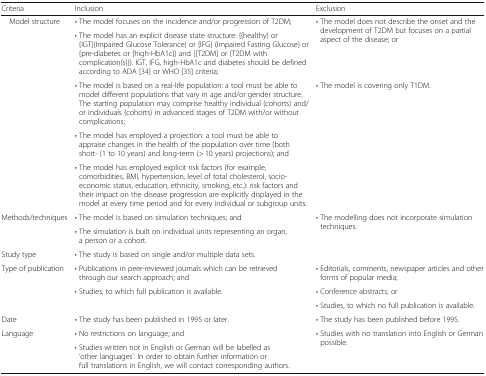
<table><thead><tr><td><b>Criteria</b></td><td><b>Inclusion</b></td><td><b>Exclusion</b></td></tr></thead><tbody><tr><td rowspan="5">Model structure</td><td>• The model focuses on the incidence and/or progression of T2DM;</td><td rowspan="2">• The model does not describe the onset and the development of T2DM but focuses on a partial aspect of the disease; or</td></tr><tr><td>• The model has an explicit disease state structure: {{healthy} or {IGT}(Impaired Glucose Tolerance) or {IFG} (Impaired Fasting Glucose) or {pre-diabetes or {high-HbA1c}} and {{T2DM} or {T2DM with complication(s)}}. IGT, IFG, high-HbA1c and diabetes should be defined according to ADA [34] or WHO [35] criteria;</td></tr><tr><td>• The model is based on a real-life population: a tool must be able to model different populations that vary in age and/or gender structure. The starting population may comprise healthy individual (cohorts) and/or individuals (cohorts) in advanced stages of T2DM with/or without complications;</td><td rowspan="3">• The model is covering only T1DM.</td></tr><tr><td>• The model has employed a projection: a tool must be able to appraise changes in the health of the population over time (both short- (1 to 10 years) and long-term (&gt; 10 years) projections); and</td></tr><tr><td>• The model has employed explicit risk factors (for example, comorbidities, BMI, hypertension, level of total cholesterol, socio-economic status, education, ethnicity, smoking, etc.): risk factors and their impact on the disease progression are explicitly displayed in the model at every time period and for every individual or subgroup units.</td></tr><tr><td rowspan="2">Methods/techniques</td><td>• The model is based on simulation techniques; and</td><td rowspan="2">• The modelling does not incorporate simulation techniques.</td></tr><tr><td>• The simulation is built on individual units representing an organ, a person or a cohort.</td></tr><tr><td>Study type</td><td>• The study is based on single and/or multiple data sets.</td><td></td></tr><tr><td rowspan="3">Type of publication</td><td>• Publications in peer-reviewed journals which can be retrieved through our search approach; and</td><td>• Editorials, comments, newspaper articles and other forms of popular media;</td></tr><tr><td rowspan="2">• Studies, to which full publication is available.</td><td>• Conference abstracts; or</td></tr><tr><td>• Studies, to which no full publication is available.</td></tr><tr><td>Date</td><td>• The study has been published in 1995 or later.</td><td>• The study has been published before 1995.</td></tr><tr><td rowspan="2">Language</td><td>• No restrictions on language; and</td><td rowspan="2">• Studies with no translation into English or German possible.</td></tr><tr><td>• Studies written not in English or German will be labelled as ‘other languages’. In order to obtain further information or full translations in English, we will contact corresponding authors.</td></tr></tbody></table>